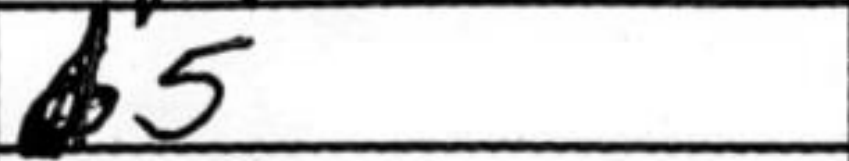
Transcription: b5